Civil Veterinary Department. Madras. Admin. report 1926-33 - 1926-1933
Year: 1926
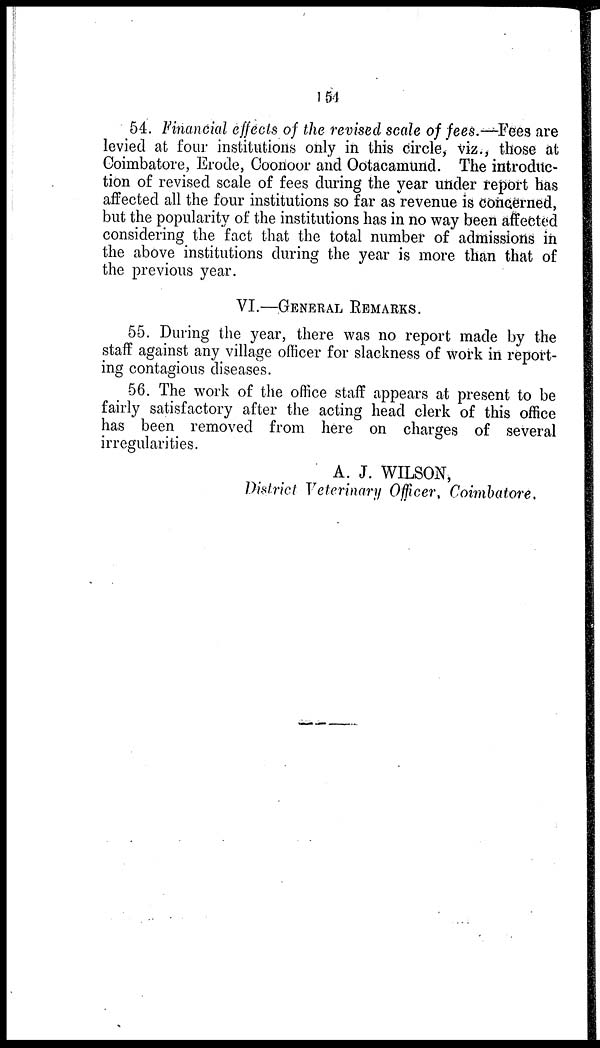
154
54. Financial effects of the revised scale of fees.—Fees are
levied at four institutions only in this circle, viz., those at
Coimbatore, Erode, Coonoor and Ootacamund. The introduc-
tion of revised scale of fees during the year under report has
affected all the four institutions so far as revenue is concerned,
but the popularity of the institutions has in no way been affected
considering the fact that the total number of admissions in
the above institutions during the year is more than that of
the previous year.
VI.—GENERAL REMARKS.
55. During the year, there was no report made by the
staff against any village officer for slackness of work in report-
ing contagious diseases.
56. The work of the office staff appears at present to be
fairly satisfactory after the acting head clerk of this office
has been removed from here on charges of several
irregularities.
A. J. WILSON,
District Veterinary Officer, Coimbatore.